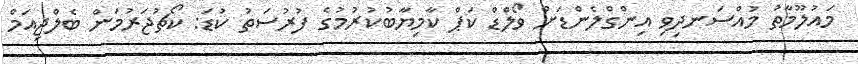
މައުލޫމާތު މުއްސަނދިވި އިންގްލެންޑަށް ވޯލްޑް ކަޕް ކާމިޔާބުކުރުމުގެ ފުރުސަތު ކުޑަ: ކޯޗުޖަރުމަން ބެލްޖިއަމް